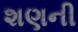
શણની